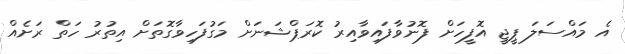
އެ މައްސަލަ ޕީޖީ އޮފީހަށް ފޮނުވާފައިވާއިރު ކޮރަޕްޝަނަށް މަގުފަހިވާގޮތަށް އިތުރު ހަތް ރަށެއް